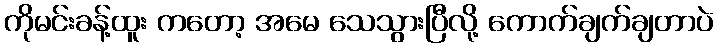
ကိုမင်းခန့်ထူး ကတော့ အမေ သေသွားပြီလို့ ကောက်ချက်ချတာပဲ